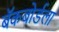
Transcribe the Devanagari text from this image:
बॅकबोर्डला